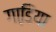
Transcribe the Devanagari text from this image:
गाडि़या